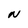
Character: N